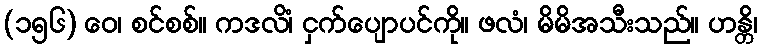
(၁၅၆) ဝေ၊ စင်စစ်။ ကဒလိံ၊ ငှက်ပျောပင်ကို။ ဖလံ၊ မိမိအသီးသည်။ ဟန္တိ၊